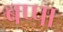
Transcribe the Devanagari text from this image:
बप्‍पा